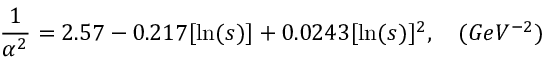
{ \frac { 1 } { \alpha ^ { 2 } } } = 2 . 5 7 - 0 . 2 1 7 [ \ln ( s ) ] + 0 . 0 2 4 3 [ \ln ( s ) ] ^ { 2 } , \quad ( G e V ^ { - 2 } )